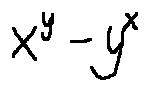
x ^ { y } - y ^ { x }